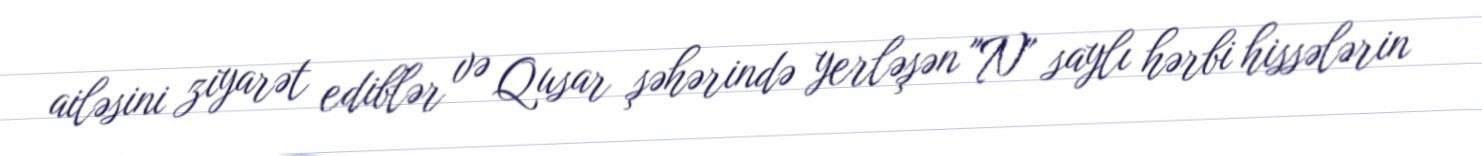
ailəsini ziyarət ediblər və Qusar şəhərində yerləşən "N" saylı hərbi hissələrin